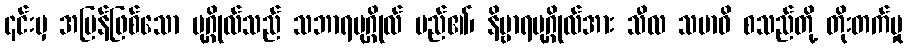
၎င်းမှ အပြန်ဖြစ်သော ပုဂ္ဂိုလ်သည် သဘာရပုဂ္ဂိုလ် မည်၏၊ နိဗ္ဗာရပုဂ္ဂိုလ်အား သီလ သမာဓိ စသည်တို့ တိုးတက်မှု